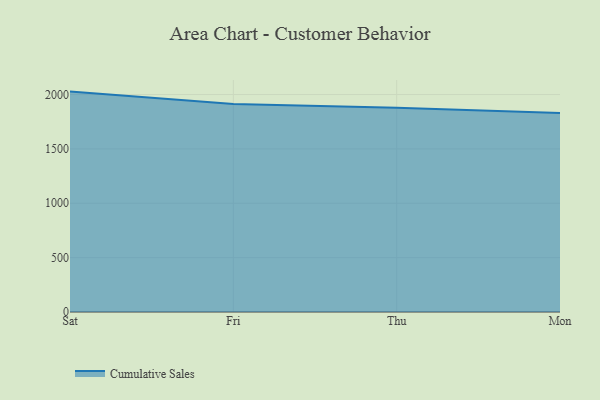
{"axis": {"x": "Day", "y": "Operating Costs (USD K)"}, "legend": ["Cumulative Sales"], "data": [{"x": "Sat", "y": 2027.2, "type": "Cumulative Sales"}, {"x": "Fri", "y": 1913.5, "type": "Cumulative Sales"}, {"x": "Thu", "y": 1877.6, "type": "Cumulative Sales"}, {"x": "Mon", "y": 1829.7, "type": "Cumulative Sales"}]}